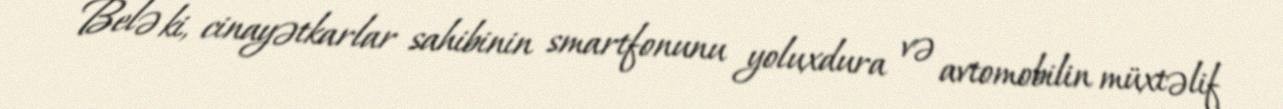
Belə ki, cinayətkarlar sahibinin smartfonunu yoluxdura və avtomobilin müxtəlif